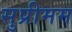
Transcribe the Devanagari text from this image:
सुप्रीमम